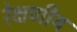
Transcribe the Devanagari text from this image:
रेक्षणीय